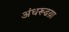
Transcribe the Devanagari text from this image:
अंधरूढय़ा